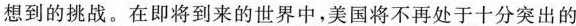
想到的挑战。在即将到来的世界中，美国将不再处于十分突出的